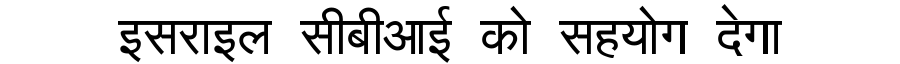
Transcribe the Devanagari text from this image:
इसराइल सीबीआई को सहयोग देगा